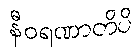
နီဝရဏာတိပိ